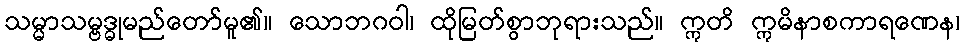
သမ္မာသမ္ဗဒ္ဓုမည်တော်မူ၏။ သောဘဂဝါ၊ ထိုမြတ်စွာဘုရားသည်။ ဣတိ ဣမိနာစကာရဏေန၊